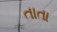
તાતા